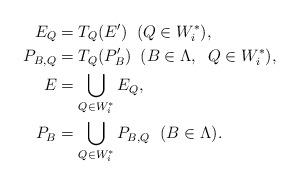
LaTeX: \begin{align*} E_Q & =T_Q(E') \;\; (Q\in W_i^{*}), \\ P_{B,Q} & =T_Q(P_B') \;\; (B\in\Lambda, \;\; Q\in W_i^{*}), \\ E & =\bigcup_{Q\in W_i^{*}} E_Q, \\ P_B & =\bigcup_{Q\in W_i^{*}} P_{B,Q} \;\ (B\in\Lambda).\end{align*}